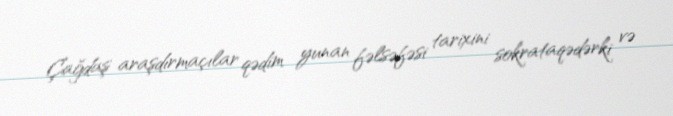
Çağdaş araşdırmaçılar qədim yunan fəlsəfəsi tarixini sokrataqədərki və